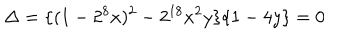
\Delta = \{ ( 1 - 2 ^ { 8 } x ) ^ { 2 } - 2 ^ { 1 8 } x ^ { 2 } y \} \{ 1 - 4 y \} = 0